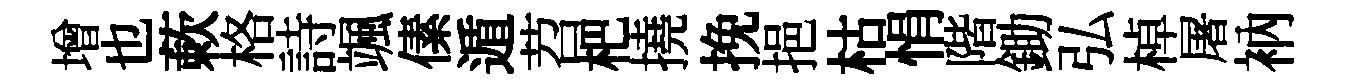
增也蔌格詩颯傃遁苕杷撓挽挹枯悁階鋤弘棹屠衲